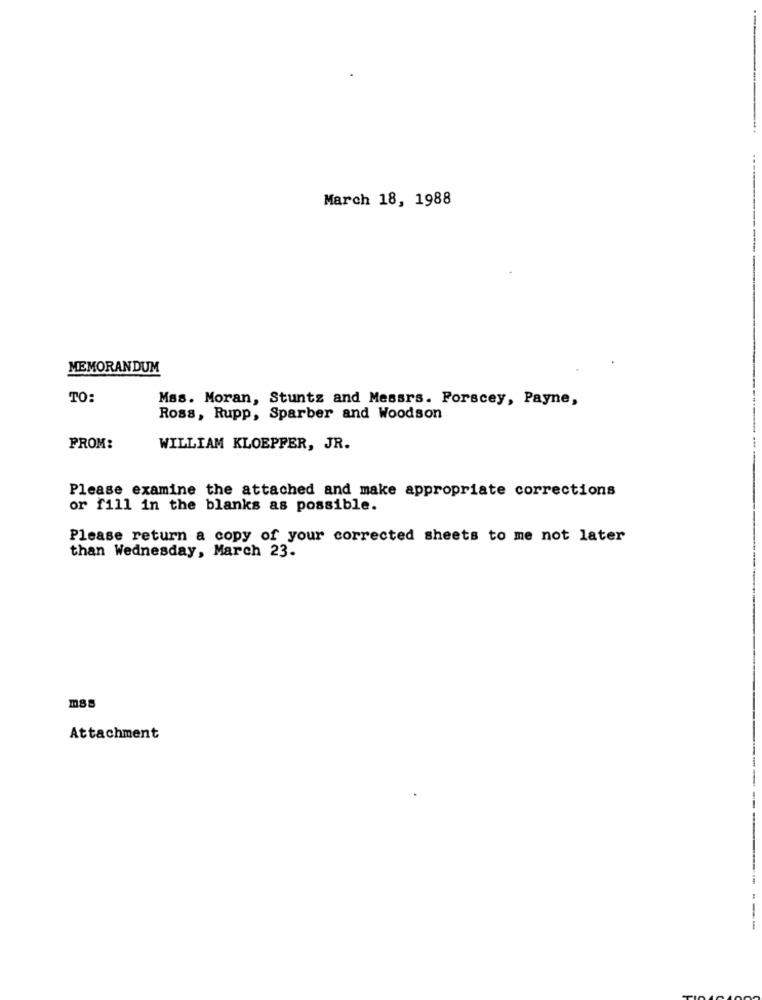
March 18, 1988
MEMORANDUM
TO:
Mas. Moran, Stunts and Messrs. Porscey, Payne,
Ross, Rupp, Sparber and Woodson
FROM:
WILLIAM KLOEPFER, JR.
Please examine the attached and make appropriate corrections
or fill in the blanks as possible.
Please return a copy of your corrected sheets to me not later
than Wednesday, March 23.
Attachment